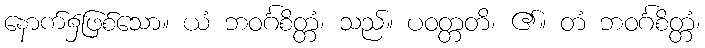
နောက်၌ဖြစ်သော။ ယံ ဘဝင်္ဂစိတ္တံ၊ သည်။ ပဝတ္တတိ၊ ၏။ တံ ဘဝင်္ဂစိတ္တံ၊